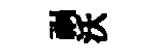
祸沃